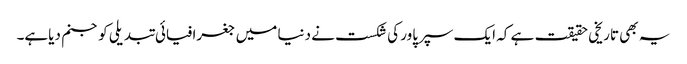
یہ بھی تاریخی حقیقت ہے کہ ایک سپرپاور کی شکست نے دنیا میں جغرافیائی تبدیلی کو جنم دیاہے۔